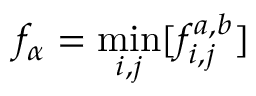
f _ { \alpha } = \operatorname* { m i n } _ { i , j } [ f _ { i , j } ^ { a , b } ]